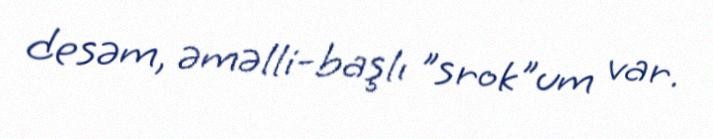
desəm, əməlli-başlı "srok"um var.